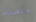
منضدة